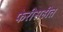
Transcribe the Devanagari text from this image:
फेरीसहीत